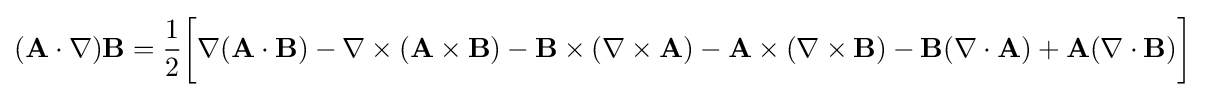
(\mathbf {A} \cdot \nabla )\mathbf {B} ={\frac {1}{2}}{\bigg [}\nabla (\mathbf {A} \cdot \mathbf {B} )-\nabla \times (\mathbf {A} \times \mathbf {B} )-\mathbf {B} \times (\nabla \times \mathbf {A} )-\mathbf {A} \times (\nabla \times \mathbf {B} )-\mathbf {B} (\nabla \cdot \mathbf {A} )+\mathbf {A} (\nabla \cdot \mathbf {B} ){\bigg ]}